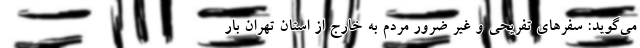
می‌گوید: سفرهای تفریحی و غیر ضرور مردم به خارج از استان تهران بار